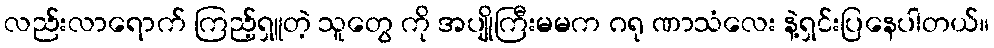
လည်းလာရောက် ကြည့်ရှူတဲ့ သူတွေ ကို အပျိုကြီးမမက ဂရု ဏာသံလေး နဲ့ရှင်းပြနေပါတယ်။